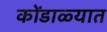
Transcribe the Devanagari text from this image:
कोंडाळ्यात